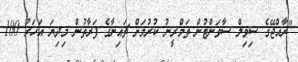
"ރާއްޖޭގެ ސިވިލް ސާވަންޓުން ތަމްރީނު ކުރުމަށް ޗައިނާގެ ފަރާތުން މިދިޔަ އަހަރު 100